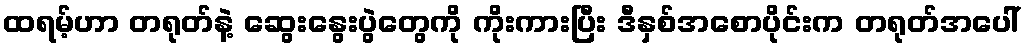
ထရမ့်ဟာ တရုတ်နဲ့ ဆွေးနွေးပွဲတွေကို ကိုးကားပြီး ဒီနှစ်အစောပိုင်းက တရုတ်အပေါ်